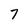
Character: 7